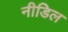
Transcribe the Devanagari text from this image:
नीडिल